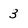
Character: 3